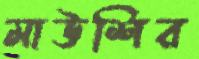
মাউশির